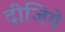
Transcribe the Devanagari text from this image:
दीजिये